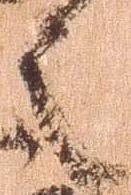
之